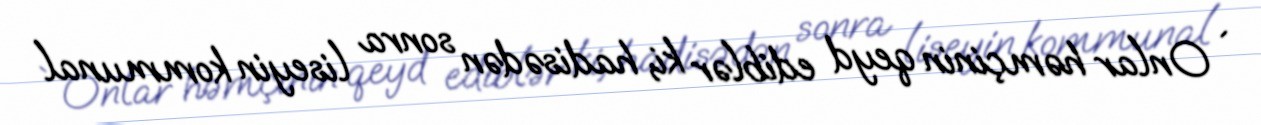
` Onlar həmçinin qeyd ediblər ki, hadisədən sonra liseyin kommunal